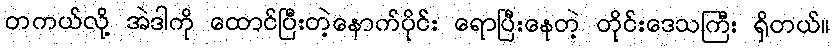
တကယ်လို့ အဲဒါကို ထောင်ပြီးတဲ့နောက်ပိုင်း ရောပြီးနေတဲ့ တိုင်းဒေသကြီး ရှိတယ်။